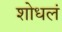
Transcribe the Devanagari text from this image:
शोधलं